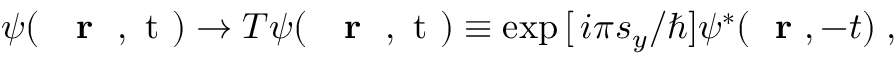
\psi ( \mathrm { ~ { ~ \bf ~ r ~ } ~ , ~ t ~ } ) \to T \psi ( \mathrm { ~ { ~ \bf ~ r ~ } ~ , ~ t ~ } ) \equiv \exp { [ \, i \pi s _ { y } / \hbar ] } \psi ^ { * } ( \mathrm { ~ \bf ~ r ~ } , - t ) \; ,